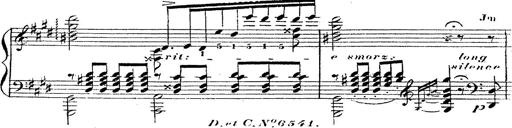
Title: 12 Lieder von Franz Schubert
Composer: Franz Liszt